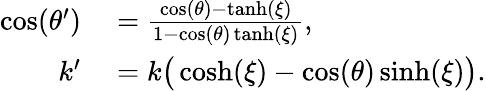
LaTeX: \begin{array}{rl}{\cos(\theta^{\prime})}&{{}=\frac{\cos(\theta)-\operatorname{tanh}(\xi)}{1-\cos(\theta)\operatorname{tanh}(\xi)},}\\ {k^{\prime}}&{{}=k\big(\cosh(\xi)-\cos(\theta)\sinh(\xi)\big).}\end{array}